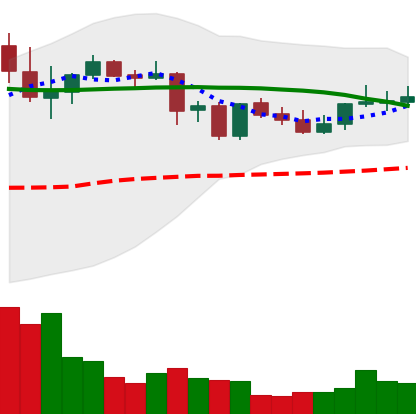
Ticker: DOGE-USD
Chart end date: 2021-09-04
Forward return: -15.629%
Label: down_7plus